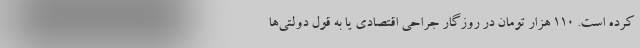
کرده است. 110 هزار تومان در روزگار جراحی اقتصادی یا به قول دولتی‌ها